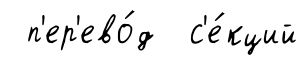
п'ер'ево́д с'е́кций